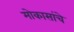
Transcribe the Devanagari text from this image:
मोकासांचे